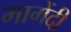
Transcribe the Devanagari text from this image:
मागेंदी